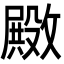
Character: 𫿚